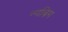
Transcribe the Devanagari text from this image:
न्यब्रिग